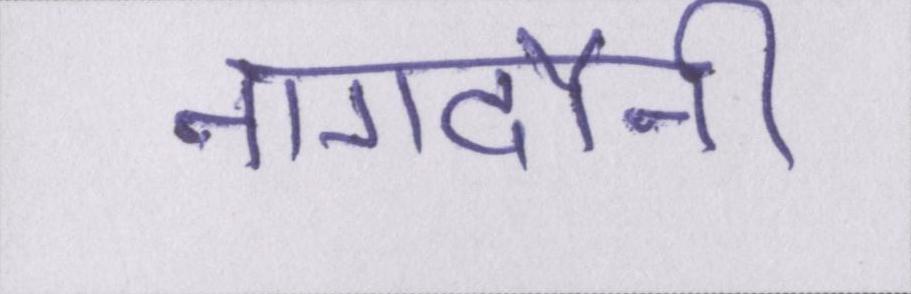
नागदौनी